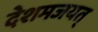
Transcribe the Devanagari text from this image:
देशमजयत्